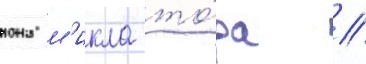
иона м'икла то́ра //